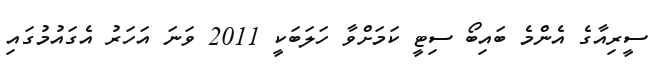
ސީރިއާގެ އެންމެ ބައިބޯ ސިޓީ ކަމަށްވާ ހަލަބަކީ 2011 ވަނަ އަހަރު އެގައުމުގައި